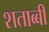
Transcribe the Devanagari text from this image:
शताब्बी